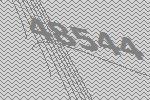
48544